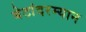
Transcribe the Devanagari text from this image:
बेटांदरम्यान